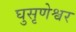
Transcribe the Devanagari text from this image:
घुसृणेश्वर